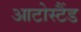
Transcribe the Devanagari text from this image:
आटोस्टैंड